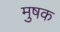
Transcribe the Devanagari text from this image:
मुषक